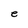
Character: e